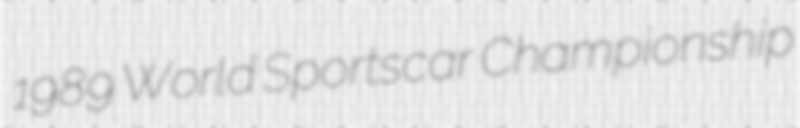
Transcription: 1989 World Sportscar Championship